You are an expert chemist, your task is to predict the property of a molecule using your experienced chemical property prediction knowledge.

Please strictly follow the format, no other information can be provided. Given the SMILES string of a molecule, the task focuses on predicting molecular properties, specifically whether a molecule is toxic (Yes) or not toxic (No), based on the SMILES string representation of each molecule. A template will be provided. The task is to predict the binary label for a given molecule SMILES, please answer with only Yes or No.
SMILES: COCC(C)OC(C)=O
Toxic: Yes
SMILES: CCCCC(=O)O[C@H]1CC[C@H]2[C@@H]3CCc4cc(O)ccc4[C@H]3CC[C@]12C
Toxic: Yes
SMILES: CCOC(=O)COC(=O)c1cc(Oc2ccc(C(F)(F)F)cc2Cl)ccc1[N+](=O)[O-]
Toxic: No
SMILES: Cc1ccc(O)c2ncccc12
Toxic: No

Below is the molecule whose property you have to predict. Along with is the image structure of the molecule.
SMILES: COc1cc2c(c(OC)c1OC)-c1ccc(OC)c(=O)cc1[C@@H](NC(C)=O)CC2
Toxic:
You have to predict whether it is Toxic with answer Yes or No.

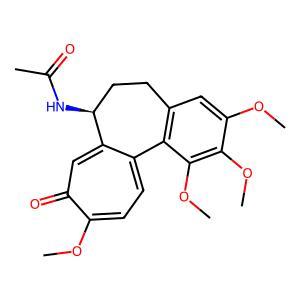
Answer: No